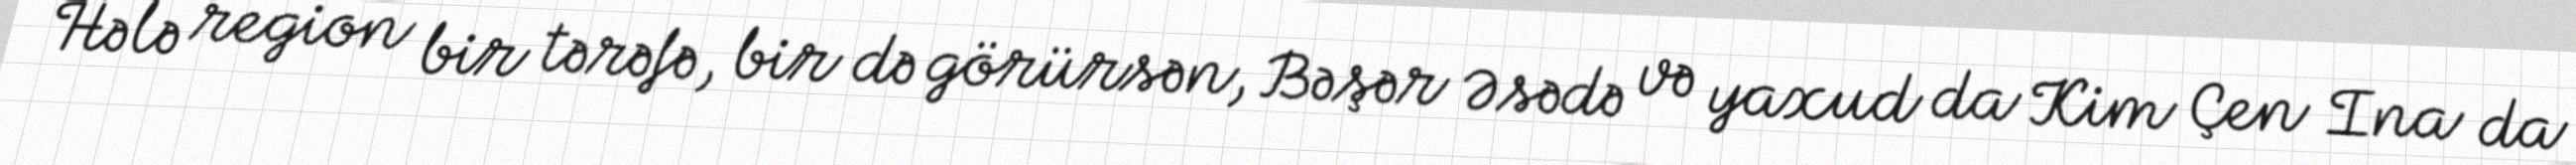
Hələ region bir tərəfə, bir də görürsən, Bəşər Əsədə və yaxud da Kim Çen Ina da